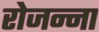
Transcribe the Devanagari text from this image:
रोजन्ना